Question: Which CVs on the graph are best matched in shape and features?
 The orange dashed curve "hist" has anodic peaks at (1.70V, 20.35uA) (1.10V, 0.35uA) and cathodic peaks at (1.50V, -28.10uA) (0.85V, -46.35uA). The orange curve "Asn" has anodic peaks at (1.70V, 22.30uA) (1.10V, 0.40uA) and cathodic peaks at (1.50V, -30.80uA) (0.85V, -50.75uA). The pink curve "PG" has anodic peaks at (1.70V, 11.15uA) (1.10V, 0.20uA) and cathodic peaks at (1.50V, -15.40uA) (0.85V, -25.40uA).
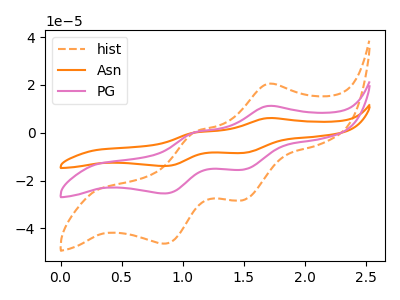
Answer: <think>All the peaks in "hist" have a peak in "Asn" at the same potential. Every peak in "hist" is lower than every peak in "Asn". All the peaks in "hist" have a peak in "PG" at the same potential. Every peak in "hist" is higher than every peak in "PG". All the peaks in "Asn" have a peak in "PG" at the same potential. Every peak in "Asn" is higher than every peak in "PG".
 </think>
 <answer>"hist", "Asn" and "PG" have the same shape and are likely CV's of the same chemical.</answer>
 <eval>"hist" "Asn" "PG"</eval>